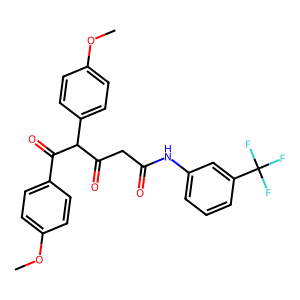
SMILES: COc1ccc(C(=O)C(C(=O)CC(=O)Nc2cccc(C(F)(F)F)c2)c2ccc(OC)cc2)cc1
Inhibits HIV replication: No